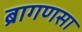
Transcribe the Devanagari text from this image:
ब्रागणसा